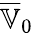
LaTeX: \overline{{\mathbb{V}}}_{0}